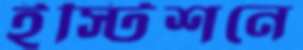
ইস্টিশনে